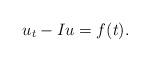
LaTeX: \begin{align*}u_t - Iu = f(t). \end{align*}